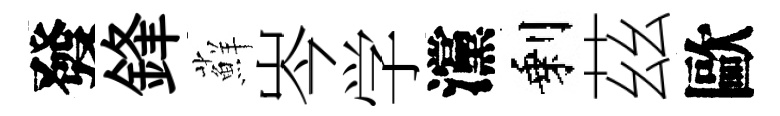
發鋒蘚岑学灙剩茲歐